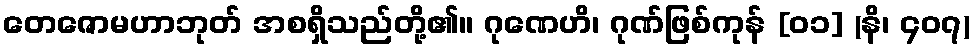
တေဇောမဟာဘုတ် အစရှိသည်တို့၏။ ဂုဏေဟိ၊ ဂုဏ်ဖြစ်ကုန် [၀၁] (နိ၊ ၄၀၇)